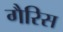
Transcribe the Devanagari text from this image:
गैरिस